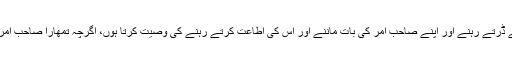
آپ نے فرمایا: میں تمھیں اللہ سے ڈرتے رہنے اور اپنے صاحب امر کی بات ماننے اور اس کی اطاعت کرتے رہنے کی وصیت کرتا ہوں، اگرچہ تمھارا صاحب امر کوئی حبشی غلام ہی کیوں نہ ہو۔